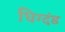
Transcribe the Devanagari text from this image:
धिग्दंड